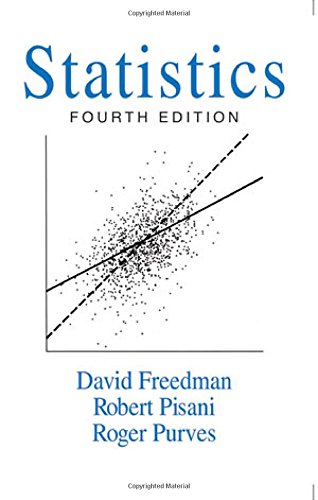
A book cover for Statistics, 4th Edition; David Freedman; Science & Math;